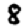
Digit: 8